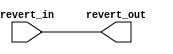
module reverter (
	
	input wire [WORD_SIZE-1:0] revert_in,
    	output wire [WORD_SIZE-1:0] revert_out
);

	parameter BUS_SIZE=16;
	parameter WORD_SIZE=4;
	parameter WORD_NUM=BUS_SIZE/WORD_SIZE;

	assign revert_out = revert_in;

endmodule